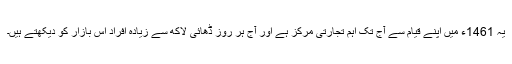
یہ 1461ء میں اپنے قیام سے آج تک اہم تجارتی مرکز ہے اور آج ہر روز ڈھائی لاکھ سے زیادہ افراد اس بازار کو دیکھتے ہیں۔